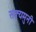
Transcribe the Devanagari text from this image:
सक्यमुनी